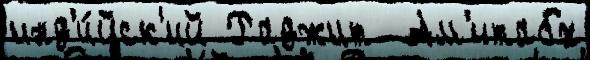
инд'и́йск'ий Раджит  Ам'итабх